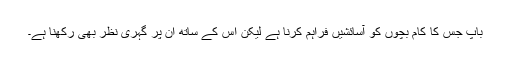
باپ جس کا کام بچوں کو آسائشیں فراہم کرنا ہے لیکن اس کے ساتھ ان پر گہری نظر بھی رکھنا ہے۔